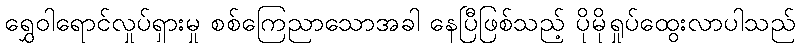
ရွှေဝါရောင်လှုပ်ရှားမှု စစ်ကြေညာသောအခါ နေပြီဖြစ်သည့် ပိုမိုရှုပ်ထွေးလာပါသည်